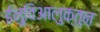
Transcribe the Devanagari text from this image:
ईनुविआलुक्तुन